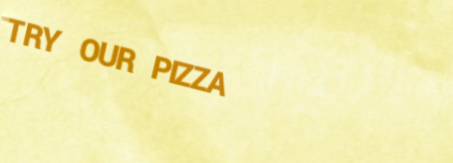
TRY OUR PIZZA